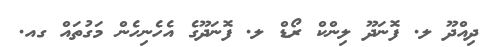
ދިއްދޫ ލ. ފޮނަދޫ ލިންކް ރޯޑް ލ. ފޮނަދޫގެ އެހެނިހެން މަގުތައް ގއ.